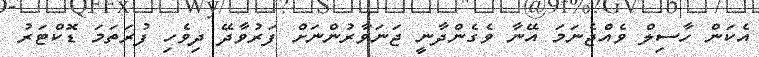
އެކަން ހާސިލް ވެއްޖެނަމަ އޭނާ ވެގެންދާނީ ޖަނަވާރުންނަށް ފަރުވާދޭ ދިވެހި ފުރަތަމަ ޑޮކްޓަރު